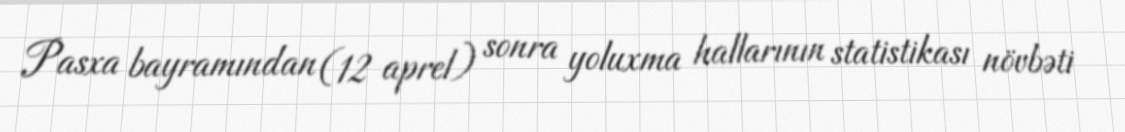
Pasxa bayramından (12 aprel) sonra yoluxma hallarının statistikası növbəti